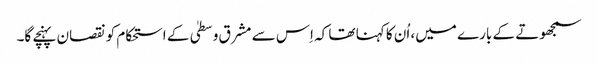
سمجھوتے کے بارے میں، اُن کا کہنا تھا کہ اِس سے مشرق وسطیٰ کے استحکام کو نقصان پہنچے گا۔